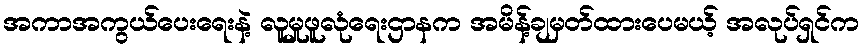
အကာအကွယ်ပေးရေးနဲ့ လူမှုဖူလုံရေးဌာနက အမိန့်ချမှတ်ထားပေမယ့် အလုပ်ရှင်က